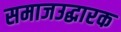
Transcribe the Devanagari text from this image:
समाजउद्धारक